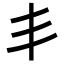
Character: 丯